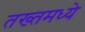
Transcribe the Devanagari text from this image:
तख्तमध्ये